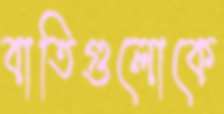
বাতিগুলোকে